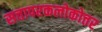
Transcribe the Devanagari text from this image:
सत्तापरकलोकोत्तर